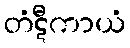
တံဋီကာယံ